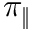
\pi _ { \| }